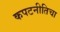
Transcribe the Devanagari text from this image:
कपटनीतिचा